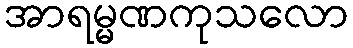
အာရမ္မဏကုသလော